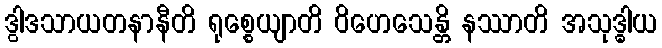
ဒွါဒသာယတနာနီတိ ရုစ္စေယျာတိ ဝိဟေသေန္တိ နဿာတိ အသုဒ္ဓါယ